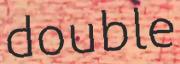
double